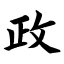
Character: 政